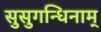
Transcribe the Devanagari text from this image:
सुसुगन्धिनाम्